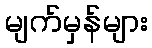
မျက်မှန်များ